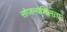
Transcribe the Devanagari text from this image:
सोजन्यशिलता